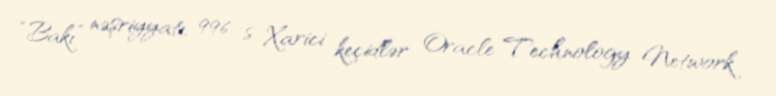
“Bakı” nəşriyyatı, 996 s. Xarici keçidlər Oracle Technology Network